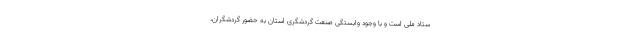
ستاد ملی است و با وجود وابستگی صنعت گردشگری استان به حضور گردشگران،